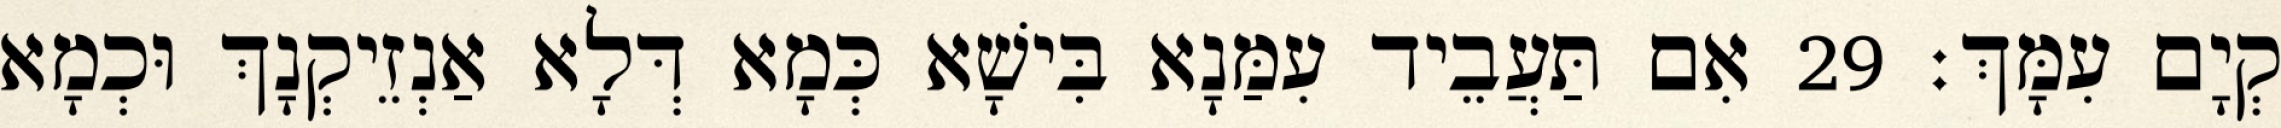
קְיָם עִמָּךְ׃ 29 אִם תַּעֲבֵיד עִמַּנָא בִּישָׁא כְּמָא דְּלָא אַנְזֵיקְנָךְ וּכְמָא